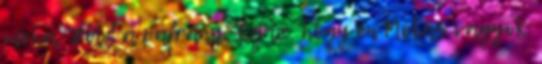
moha, Zöld a páfrány, Igaz, hogy én Mókás vagyok,